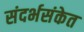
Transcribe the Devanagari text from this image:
संदर्भसंकेत